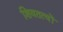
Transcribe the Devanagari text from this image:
शिवतत्वों